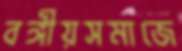
বঙ্গীয়সমাজে